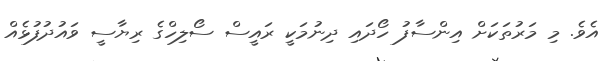
އެވެ. މި މަރުތަކަށް އިންސާފު ހޯދައި ދިނުމަކީ ރައީސް ސޯލިހްގެ ރިޔާސީ ވައުދުފުޅެއް